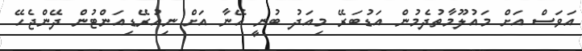
އަވަސް އަށް މައުލޫމާތުދެމުން އަޑުބަރޭ މިއަދު ބުނީ އޭނާ އަށް ނިއުރޭޑިއަންޓުން ދޭންޖެހޭ